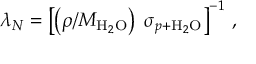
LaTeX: \lambda _ { N } = \left[ \left( \rho / M _ { \mathrm { H } _ { 2 } \mathrm { O } } \right) \; \sigma _ { p + \mathrm { H } _ { 2 } \mathrm { O } } \right] ^ { - 1 } \, ,